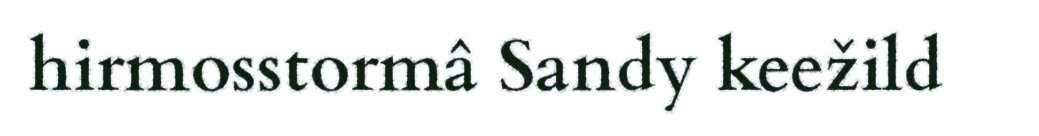
hirmosstormâ Sandy keežild